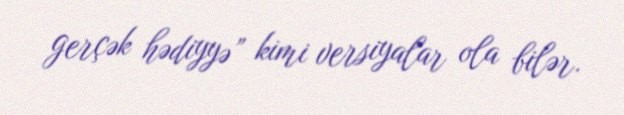
gerçək hədiyyə” kimi versiyalar ola bilər.